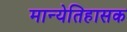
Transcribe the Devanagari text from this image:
मान्येतिहासक